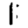
Digit: 1